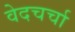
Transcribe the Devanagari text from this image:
वेदचर्चा